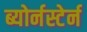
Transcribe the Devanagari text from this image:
ब्योर्नस्टेर्न